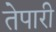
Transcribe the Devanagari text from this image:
तेपारी